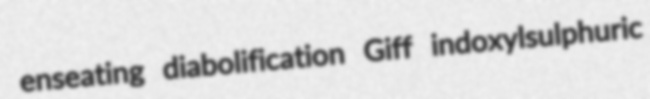
enseating diabolification Giff indoxylsulphuric